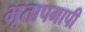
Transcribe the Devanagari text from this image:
भूतापमापी